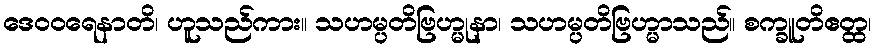
ဒေဝဝရေနာတိ၊ ဟူသည်ကား။ သဟမ္ပတိဗြဟ္မုနာ၊ သဟမ္ပတိဗြဟ္မာသည်။ စက္ခူတိဧတ္ထ၊